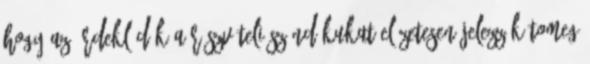
hogy az érdeklődők a részvételi szándékukat előzetesen jelezzék Tomeg